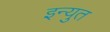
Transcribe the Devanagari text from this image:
इन्युत